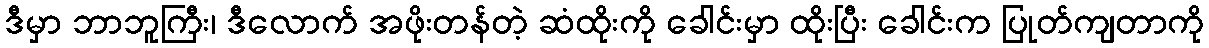
ဒီမှာ ဘာဘူကြီး၊ ဒီလောက် အဖိုးတန်တဲ့ ဆံထိုးကို ခေါင်းမှာ ထိုးပြီး ခေါင်းက ပြုတ်ကျတာကို